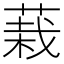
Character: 𮐅